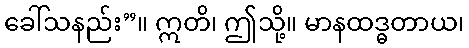
ခေါ်သနည်း”။ ဣတိ၊ ဤသို့။ မာနထဒ္ဓတာယ၊